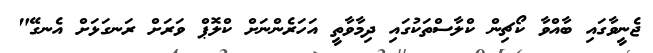
ޖެނީވާގައި ބާއްވާ ކޯޗިން ކްލާސްތަކުގައި ދިމާވާތީ އަހަރެންނަށް ކްލޮޕް ވަރަށް ރަނގަޅަށް އެނގޭ"